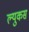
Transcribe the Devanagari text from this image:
ल्युकस